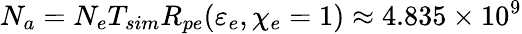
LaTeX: N_{a}=N_{e}T_{sim}R_{pe}(\varepsilon_{e},\chi_{e}=1)\approx 4.835\times 10^{9}